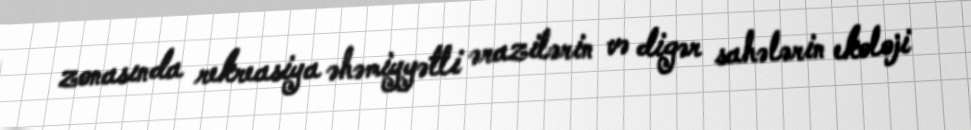
zonasında rekreasiya əhəmiyyətli ərazilərin və digər sahələrin ekoloji